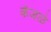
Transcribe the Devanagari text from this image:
केंजळे